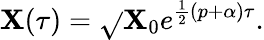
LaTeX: \mathbf{X}(\tau)=\sqrt{}{{\mathbf{X}_{0}}}e^{\frac{1}{2}\left(p+\alpha\right)\tau}.